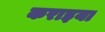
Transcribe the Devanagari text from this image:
कराइया